Report of the King Institute of Preventive Medicine, Guindy
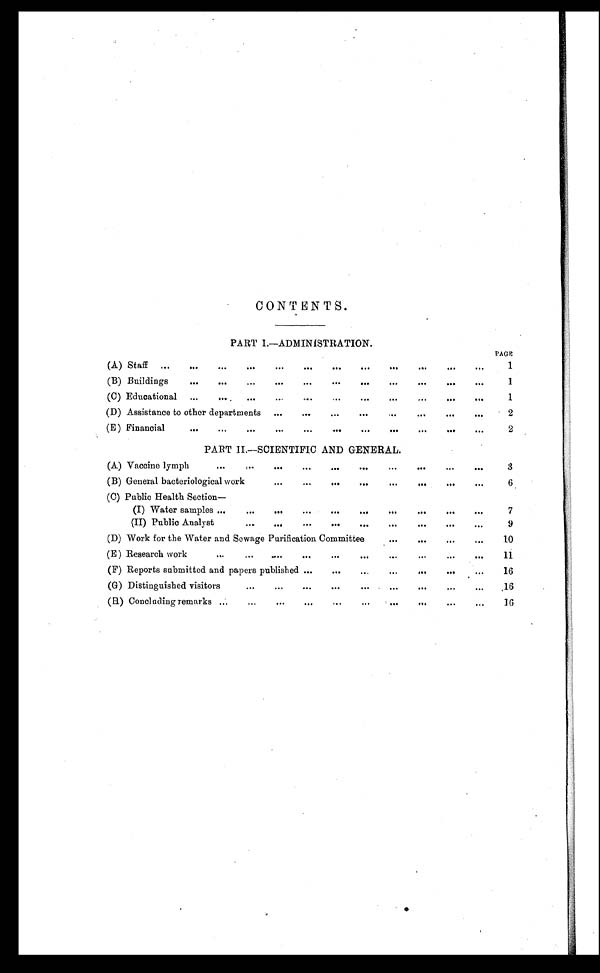
CONTENTS.
PART I.—ADMINISTRATION.
PAGE
(A) Staff
. . .
1
(B) Buildings . . .
1
(C) Educational
. . .
1
(D) Assistance to other departments . . .
2
(E) Financial . . .
2
PART II.—SCIENTIFIC AND GENERAL.
(A) Vaccine lymph . . .
3
(B) General bacteriological work . . .
6
(C) Public Health Section—
(I) Water samples . . .
7
(II) Public Analyst . . .
9
(D) Work for the Water and Sewage Purification Committee . . .
1 0
(E) Research work . . .
11
( F ) R e p o r t s s u b m i t t e d a n d p a p e r s p u b l i s h e d . . .
16
(G) Distinguished visitors . . .
16
(H) Concluding remarks . . .
16